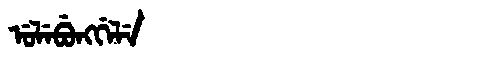
Manchu: ᡠᠯᡝᠪᡠᠩᡤᡝᠯᡝ
Romanization: ULEBUNGGELE